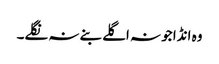
وہ انڈا جو نہ اگلے بنے نہ نگلے۔